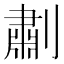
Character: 㔅